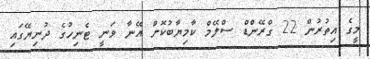
މީގެ އިތުރުން 22 ގްރޭންޑް ސްލޭމް ކާމިޔާބުކޮށް އޭނާ ވަނީ ޓެނިހުގެ ދުނިޔޭގައި